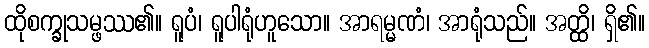
ထိုစက္ခုသမ္ဖဿ၏။ ရူပံ၊ ရူပါရုံဟူသော။ အာရမ္မဏံ၊ အာရုံသည်။ အတ္ထိ၊ ရှိ၏။